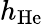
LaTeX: h_{\mathrm{He}}